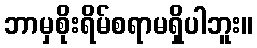
ဘာမှစိုးရိမ်စရာမရှိပါဘူး။